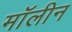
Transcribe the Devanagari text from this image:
मॉलीन